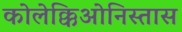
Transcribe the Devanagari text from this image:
कोलेक्किओनिस्तास